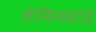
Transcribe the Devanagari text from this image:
लेनिनग्राड़